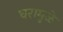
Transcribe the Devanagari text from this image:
घरामुळे